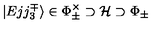
| E j j _ { 3 } ^ { \mp } \rangle \in \Phi _ { \pm } ^ { \times } \supset { \mathcal H } \supset \Phi _ { \pm }